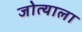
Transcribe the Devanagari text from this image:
जोत्याला